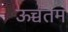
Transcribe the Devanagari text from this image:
ऊच्चतम